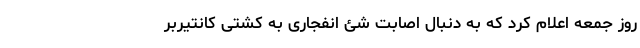
روز جمعه اعلام کرد که به دنبال اصابت شئ انفجاری به کشتی کانتیربر